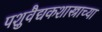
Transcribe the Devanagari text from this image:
पशुवैद्यकशास्त्राच्या